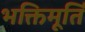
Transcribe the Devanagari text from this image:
भक्तिमूर्ति